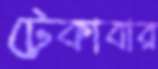
টেকাবার